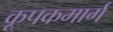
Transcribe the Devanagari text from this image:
कूपकमार्ग